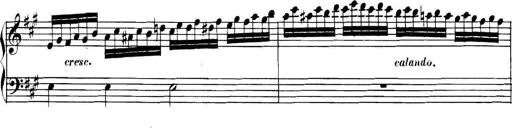
Title: Collected Piano Sonatas
Composer: Muzio Clementi